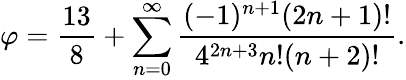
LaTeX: \varphi={\frac{13}{8}}+\sum_{n=0}^{\infty}{\frac{(-1)^{n+1}(2n+1)!}{4^{2n+3}n!(n+2)!}}.